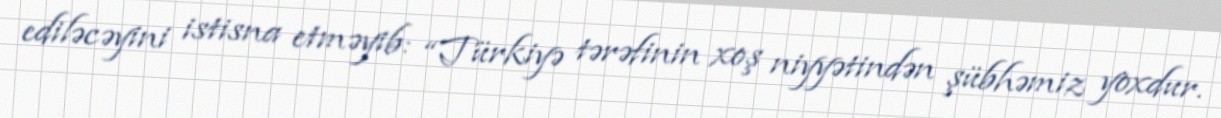
ediləcəyini istisna etməyib: “Türkiyə tərəfinin xoş niyyətindən şübhəmiz yoxdur.